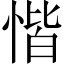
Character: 𢝷